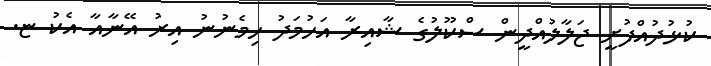
ކުޅުދުއްފުށީ ޖަލާލުއްދީން ސްކޫލުގެ ޝާއިރާ އަހުމަދު ހިމެނުނު އިރު އޭނާއާ އެކު ޏ.